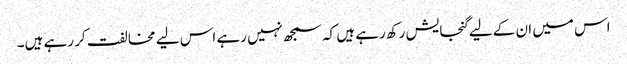
اس میں ان کے لیے گنجایش رکھ رہے ہیں کہ سمجھ نہیں رہے اس لیے مخالفت کر رہے ہیں۔